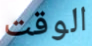
الوقت